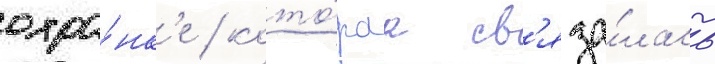
охра́нк'е / кото́раа св'яза́лась